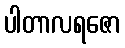
ပါတာလရဇော